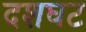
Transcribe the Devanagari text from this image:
दशघट